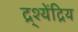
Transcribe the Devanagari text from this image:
द्र्श्येंद्रिय